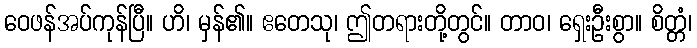
ဝေဖန်အပ်ကုန်ပြီ။ ဟိ၊ မှန်၏။ ဧတေသု၊ ဤတရားတို့တွင်။ တာဝ၊ ရှေးဦးစွာ။ စိတ္တံ၊